Account of plague administration in the Bombay Presidency from September 1896 till May 1897
Year: 1896
Disease focus: Plague
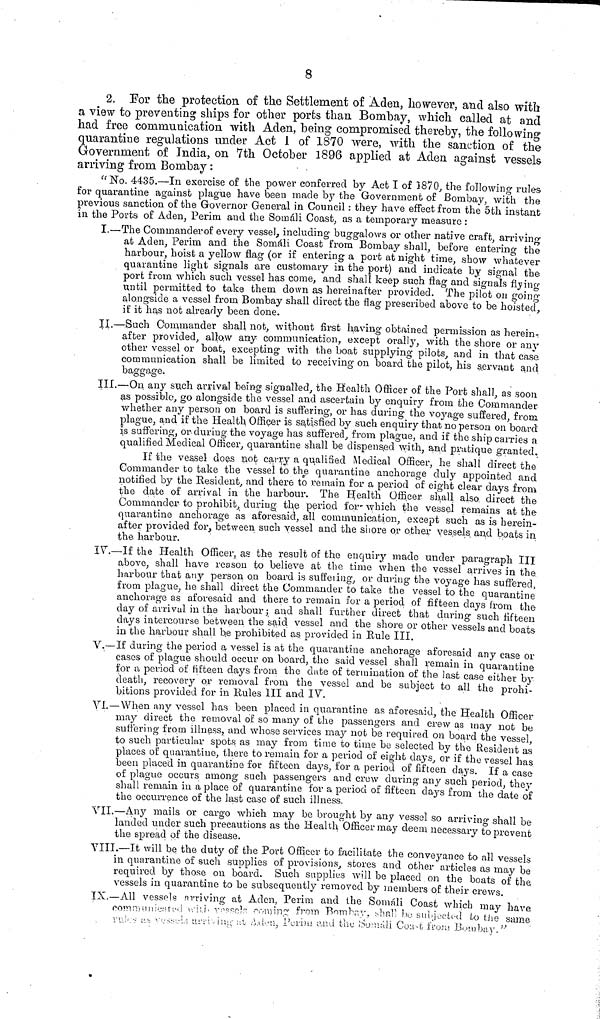
8
2. For the protection of the Settlement of Aden, however, and also with
a view to preventing ships for other ports than Bombay, which called at and
had free communication with Aden, being compromised thereby, the following
quarantine regulations under Act 1 of 1870 were, with the sanction of the
Government of India, on 7th October 1896 applied at Aden against vessels
arriving from Bombay :
" No. 4435.—In exercise of the power conferred by Act I of 1870, the following rules
for quarantine against plague have been made by the Government of Bombay, with the
previous sanction of the Governor General in Council : they have effect from the 5th instant
in the Ports of Aden, Perim and the Somali Coast, as a temporary measure :
I.—The Commander of every vessel, including buggalows or other native craft, arriving
at Aden, Perim and the Somáli Coast from Bombay shall, before entering the
harbour, hoist a yellow flag (or if entering a port at night time, show whatever
quarantine light signals are customary in the port) and indicate by signal the
port from which such vessel has come, and shall keep such flag and signals flying
until permitted to take them down as hereinafter provided. The pilot on going
alongside a vessel from Bombay shall direct the flag prescribed above to be hoisted,
if it has not already been done.
II.—Such Commander shall not, without first having obtained permission as herein-
after provided, allow any communication, except orally, with the shore or any
other vessel or boat, excepting with the boat supplying pilots, and in that case
communication shall be limited to receiving on board the pilot, his servant and
baggage.
III.—On any such arrival being signalled, the Health Officer of the Port shall, as soon
as possible, go alongside the vessel and ascertain by enquiry from the Commander
whether any person on board is suffering, or has during the voyage suffered, from
plague, and if the Health Officer is satisfied by such enquiry that no person on board
is suffering, or during the voyage has suffered, from plague, and if the ship carries a
qualified Medical Officer, quarantine shall be dispensed with, and pratique granted.
If the vessel does not carry a qualified Medical Officer, he shall direct the
Commander to take the vessel to the quarantine anchorage duly appointed and
notified by the Resident, and there to remain for a period of eight clear days from
the date of arrival in the harbour. The Health Officer shall also direct the
Commander to prohibit, during the period for which the vessel remains at the
quarantine anchorage as aforesaid, all communication, except such as is herein-
after provided for, between such vessel and the shore or other vessels and boats in
the harbour.
IV.—If the Health Officer, as the result of the enquiry made under paragraph III
above, shall have reason to believe at the time when the vessel arrives in the
harbour that any person on board is suffering, or during the voyage has suffered,
from plague, he shall direct the Commander to take the vessel to the quarantine
anchorage as aforesaid and there to remain for a period of fifteen days from the
day of arrival in the harbour; and shall further direct that daring such fifteen
days intercourse between the said vessel and the shore or other vessels and boats
in the harbour shall b,e prohibited as provided in Eule III.
V.—If during the period a vessel is at the quarantine anchorage aforesaid any case or
cases of plague should occur on board, the said vessel shall remain in quarantine
for a period of fifteen days from the date of termination of the last case either by
death, recovery or removal from the vessel and be subject to all the prohi-
bitions provided for in Rules III and IV.
VI.—When any vessel has been placed in quarantine as aforesaid, the Health Officer
may direct the removal of so many of the passengers and crew as may not be
suffering from illness, and whose services may not be required on board the vessel
to such particular spots as may from time to time be selected by the Resident as
places of quarantine, there to remain for a period of eight days, or if the vessel has
been placed in quarantine for fifteen days, for a period of fifteen days. If a case
of plague occurs among such passengers and crew during any such period, they
shall remain in a place of quarantine for a period of fifteen days from the date of
the occurrence of the last case of such illness.
VII.—Any mails or cargo which may be brought by any vessel so arriving shall be
landed under such precautions as the Health Officer may deem necessary to prevent
the spread of the disease.
VIII.—It will be the duty of the Port Officer to facilitate the conveyance to all vessels
in quarantine of such supplies of provisions, stores and other articles as may be
required by those on board. Such supplies will be placed on the boats of the
vessels in quarantine to be subsequently removed by members of their crews.
IX.—All vessels arriving at Aden, Perim and the Somáli Coast which may have
communicated with vessels coming from Bombay, shall be subjected to the same
such as vessels arriving at Aden, Perim and the Somáli Coast from Bombay."